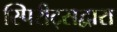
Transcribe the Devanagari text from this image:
स्पिरीट्सद्वारा